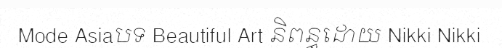
Mode Asiaបទ Beautiful Art និពន្ធដោយ Nikki Nikki